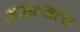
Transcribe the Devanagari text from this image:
असत्यत्व